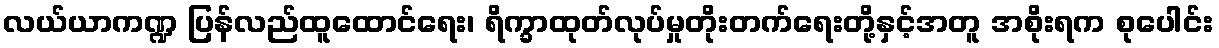
လယ်ယာကဏ္ဍ ပြန်လည်ထူထောင်ရေး၊ ရိက္ခာထုတ်လုပ်မှုတိုးတက်ရေးတို့နှင့်အတူ အစိုးရက စုပေါင်း